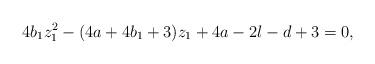
LaTeX: \begin{align*} 4b_1z_1^2 - (4a+4b_1+3)z_1 + 4a-2l-d+3 = 0,\end{align*}